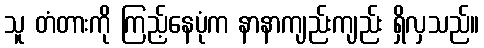
သူ တံတားကို ကြည့်နေပုံက နာနာကျည်းကျည်း ရှိလှသည်။